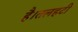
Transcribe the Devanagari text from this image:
है।तलहटी